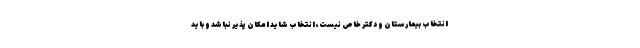
انتخاب بیمارستان و دکتر خاص نیست، انتخاب شاید امکان پذیر نباشد و باید